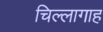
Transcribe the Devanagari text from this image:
चिल्लागाह